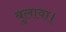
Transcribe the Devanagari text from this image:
बुलावा।